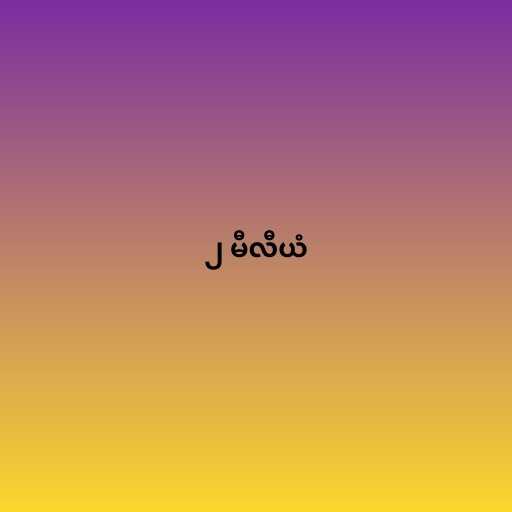
၂ မီလီယံ